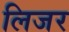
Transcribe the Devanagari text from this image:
लिजर